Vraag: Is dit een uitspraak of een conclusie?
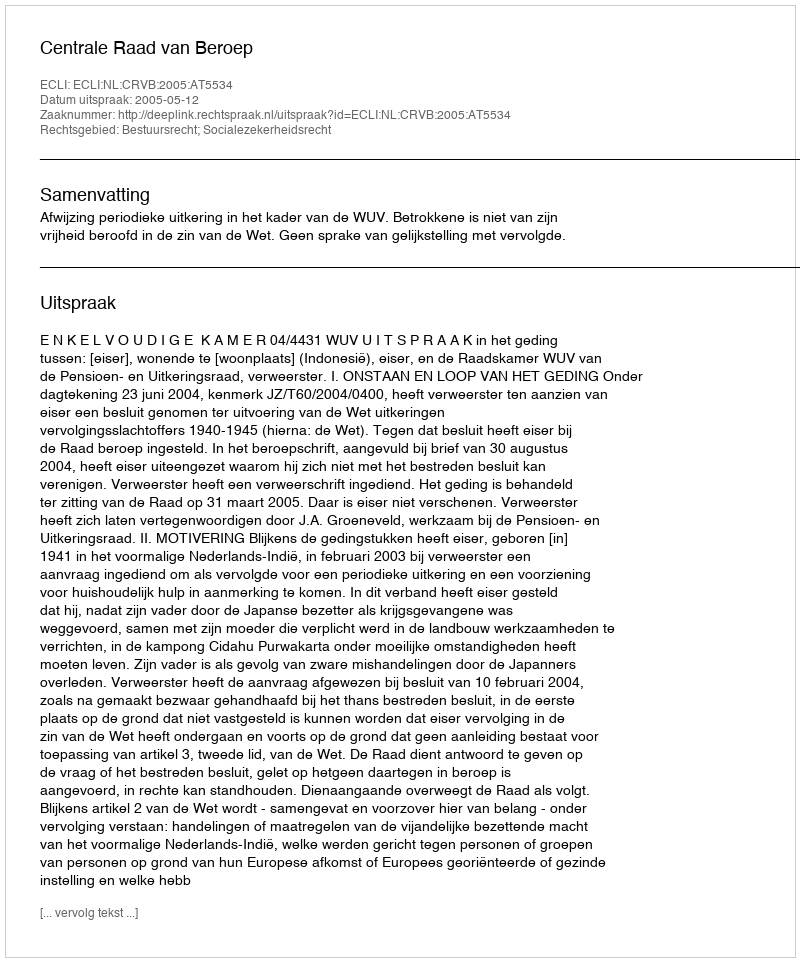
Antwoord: Uitspraak